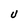
Character: U